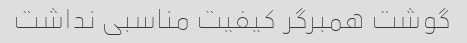
گوشت همبرگر کیفیت مناسبی نداشت